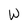
Character: W